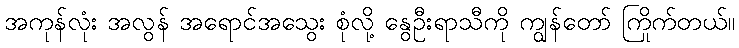
အကုန်လုံး အလွန် အရောင်အသွေး စုံလို့ နွေဦးရာသီကို ကျွန်တော် ကြိုက်တယ်။